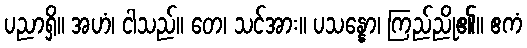
ပညာရှိ။ အဟံ၊ ငါသည်။ တေ၊ သင်အား။ ပသန္နော၊ ကြည်ညို၏။ ဧကံ